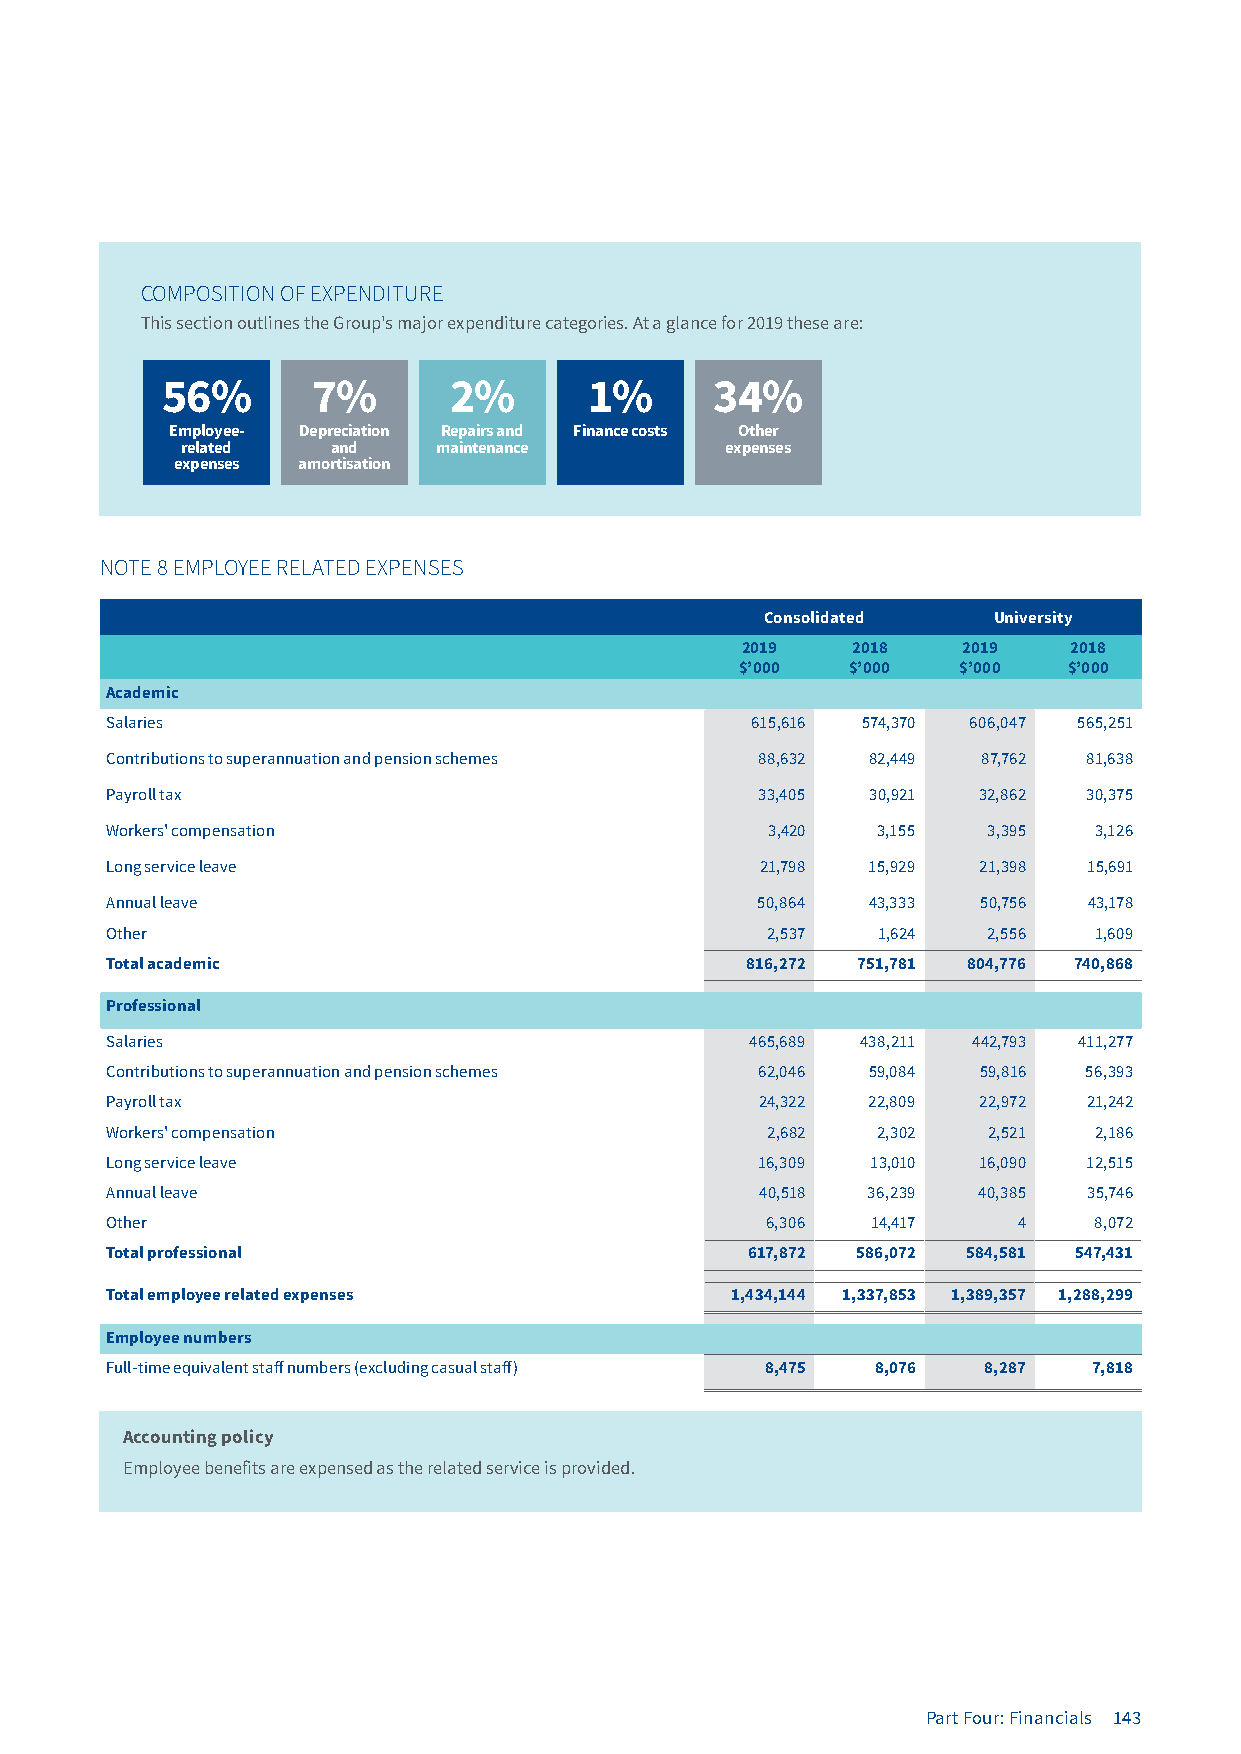
COMPOSITION OF EXPENDITURE
 This section outlines the Group's major expenditure categories. At a glance for 2019 these are:
 56%       7%       2%       1%      34%
 Employee- Depreciation Repairs and Finance costs Other
 related   and    maintenance        expenses
 expenses amortisation
 NOTE 8 EMPLOYEE RELATED EXPENSES
 Consolidated   University
 2019   2018    2019   2018
 $’000  $’000  $’000   $’000
 Academic
 Salaries                                   615,616 574,370 606,047 565,251
 Contributions to superannuation and pension schemes 88,632 82,449 87,762 81,638
 Payroll tax                                33,405  30,921 32,862 30,375
 Workers' compensation                       3,420  3,155  3,395  3,126
 Long service leave                         21,798 15,929  21,398 15,691
 Annual leave                               50,864 43,333  50,756 43,178
 Other                                       2,537  1,624  2,556  1,609
 Total academic                            816,272 751,781 804,776 740,868
 Professional
 Salaries                                   465,689 438,211 442,793 411,277
 Contributions to superannuation and pension schemes 62,046 59,084 59,816 56,393
 Payroll tax                                24,322 22,809  22,972 21,242
 Workers' compensation                       2,682  2,302  2,521  2,186
 Long service leave                         16,309  13,010 16,090 12,515
 Annual leave                               40,518 36,239  40,385 35,746
 Other                                       6,306  14,417   4    8,072
 Total professional                        617,872 586,072 584,581 547,431
 Total employee related expenses          1,434,144 1,337,853 1,389,357 1,288,299
 Employee numbers
 Full-time equivalent staff numbers (excluding casual staff) 8,475 8,076 8,287 7,818
 Accounting policy
 Employee benefits are expensed as the related service is provided.
 Part Four: Financials 143